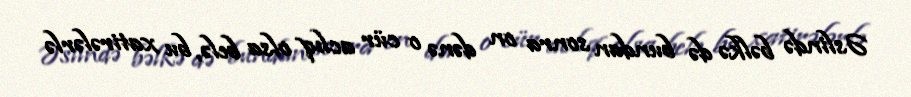
Əslində bəlkə də bundan sonra on dənə o cür aclıq olsa belə, bu xatirələrlə